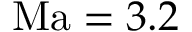
\mathrm { M a } = 3 . 2